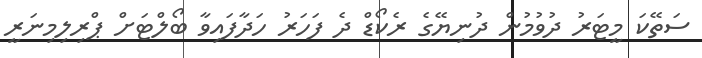
ސަތޭކަ މީޓަރު ދުވުމުން ދުނިޔޭގެ ރެކޯޑް ދެ ފަހަރު ހަދާފައިވާ ބޯލްޓަށް ޕްރިލިމިނަރީ